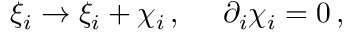
\xi _ { i } \to \xi _ { i } + \chi _ { i } \, , \, \, \, \, \, \, \, \, \partial _ { i } \chi _ { i } = 0 \, ,